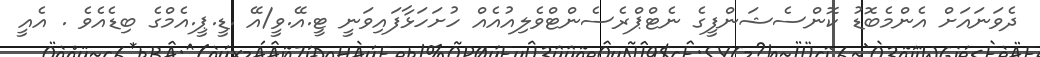
ދެވަނައަށް އެންމެބޮޑު ކޮންސެޝަންފީގެ ނެޓްޕްރެސެންޓްވެލިއުއެއް ހުށަހަޅާފައިވަނީ ޓީ.އޭ.ވީ/އޭ .ޑީ.ޕީ.އެމްގެ ބިޑެއެވެ . އެއީ